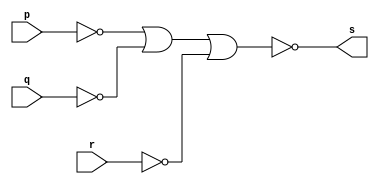
// ---------
// Exemplo0009 - AND
// Nome:Felipe Pacfico
// -----------------
// -----------------
// -- AND gate
module andgate(output s, input p, input q, input r);
assign s = ~(~p | ~q | ~r);
endmodule // andgate
// ------------
// -- test AND gate
// ------------
module testeandgate;
// ----------------------- dados locais
reg a,b,c; //definir registradand
			//(variavel independente)
wire s;  //definir conexao(fio)
			//(variavel dependente)
// --------------- instancia
andgate OR1 (s,a,b,c);
// --------------- preparacao
initial begin: start
a=0;
b=0;
end
// -------------- parte principal
initial begin
$display("Exemplo0009 - Felipe Pacfico - 389868");
$display("Test AND gate");
$display("\n(a ~| b ~| c = s\n");
a=0; b=0; c=0;
#1 $display("%b ~| %b ~| %b = %b",a,b,c,s);
a=0; b=0; c=1;
#1 $display("%b ~| %b ~| %b = %b",a,b,c,s);
a=0; b=1; c=0;
#1 $display("%b ~| %b ~| = %b",a,b,c,s);
a=0; b=1; c=1;
#1 $display("%b ~| %b ~| %b = %b",a,b,c,s);
a=1; b=0; c=0;
#1 $display("%b ~| %b ~| %b = %b",a,b,c,s);
a=1; b=0; c=1;
#1 $display("%b ~| %b ~| %b = %b",a,b,c,s);
a=1; b=1; c=0;
#1 $display("%b ~| %b ~| %b = %b",a,b,c,s);
a=1; b=1; c=1;
#1 $display("%b ~| %b ~| %b = %b",a,b,c,s); 			
end
endmodule // testandgate